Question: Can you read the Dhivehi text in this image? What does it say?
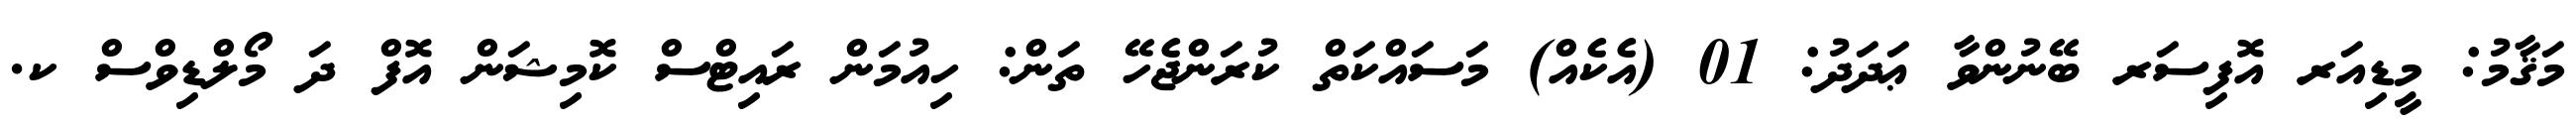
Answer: މަޤާމު: މީޑިއަރ އޮފިސަރ ބޭނުންވާ ޢަދަދު: 01 (އެކެއް) މަސައްކަތް ކުރަންޖެހޭ ތަން: ހިއުމަން ރައިޓްސް ކޮމިޝަން އޮފް ދަ މޯލްޑިވްސް ކ.